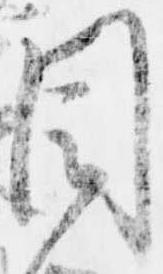
目